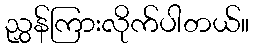
ညွှန်ကြားလိုက်ပါတယ်။